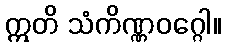
ဣတိ သံကိဏ္ဏဝဂ္ဂေါ။